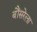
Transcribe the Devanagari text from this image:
बौंसरेला